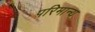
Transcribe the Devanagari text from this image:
परिमान्य